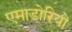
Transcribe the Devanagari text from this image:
एमाडोरियो